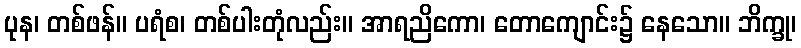
ပုန၊ တစ်ဖန်။ ပရံစ၊ တစ်ပါးတုံလည်း။ အာရညိကော၊ တောကျောင်း၌ နေသော။ ဘိက္ခု၊